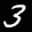
Label: 3